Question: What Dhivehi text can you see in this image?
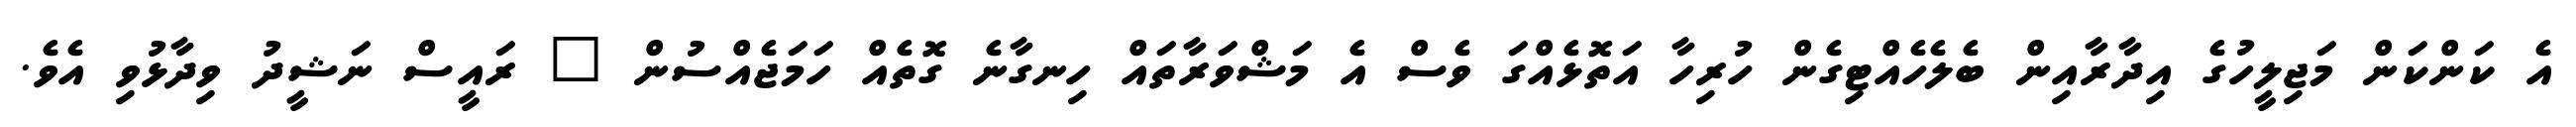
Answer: އެ ކަންކަން މަޖިލީހުގެ އިދާރާއިން ބެލެހެއްޓިގެން ހުރިހާ އަތޮޅެއްގަ ވެސް އެ މަޝްވަރާތައް ހިނގާނެ ގޮތެއް ހަމަޖެއްސުން " ރައީސް ނަޝީދު ވިދާޅުވި އެވެ.